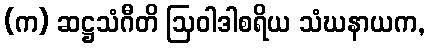
(က) ဆဋ္ဌသံဂီတိ ဩဝါဒါစရိယ သံဃနာယက,